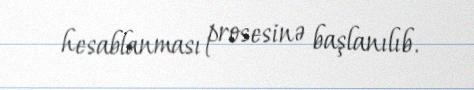
hesablanması prosesinə başlanılıb.